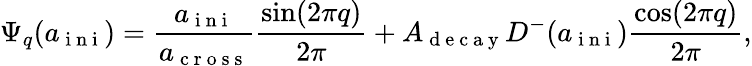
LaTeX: \Psi_{q}(a_{\mathrm{~i~n~i~}})=\frac{a_{\mathrm{~i~n~i~}}}{a_{\mathrm{~c~r~o~s~s~}}}\frac{\sin(2\pi q)}{2\pi}+A_{\mathrm{~d~e~c~a~y~}}D^{-}(a_{\mathrm{~i~n~i~}})\frac{\cos(2\pi q)}{{2\pi}},